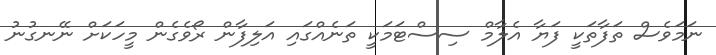
ނަމަވެސް ތަފާތަކީ ފަޔާ އެލާމް ސިސްޓަމަކީ ތަނެއްގައި އަލިފާން ރޯވެގެން މީހަކަށް ނޭނގުނު